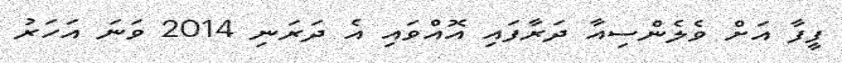
ފީފާ އަށް ވެލެންސިއާ ދަރާފައި އޮއްވައި އެ ދަރަނި 2014 ވަނަ އަހަރު